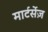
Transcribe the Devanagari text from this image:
मार्टर्सेज़